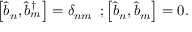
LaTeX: \left[ \hat { b } _ { n } , \hat { b } _ { m } ^ { \dag } \right] = \delta _ { n m } \, \, \, ; \left[ \hat { b } _ { n } , \hat { b } _ { m } \right] = 0 .